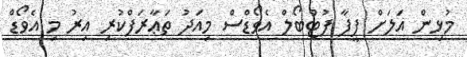
މުޅިން އަލަށް ފީފާ ފުޓްބޯލް އެވޯޑްސް މިއަދު ތަޢާރަފްކުރި އިރު މި އެވޯޑް